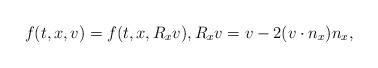
LaTeX: \begin{align*}f(t, x,v)= f(t, x, R_x v), R_xv = v - 2 (v \cdot n_x) n_x,\end{align*}